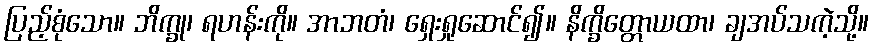
ပြည့်စုံသော။ ဘိက္ခု၊ ရဟန်းကို။ အာဘတံ၊ ရှေးရှုဆောင်၍။ နိက္ခိတ္တောယထာ၊ ချအပ်သကဲ့သို့။